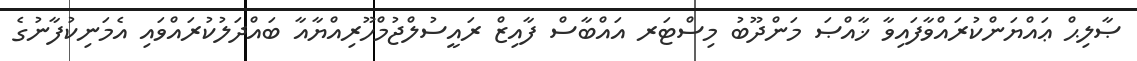
ޞާލިޙް ޢައްޔަންކުރައްވާފައިވާ ޚާއްޞަ މަންދޫބު މިސްޓަރ އައްބާސް ފާއިޒް ރައީސުލްޖުމްހޫރިއްޔާއާ ބައްދަލުކުރައްވައި އެމަނިކުފާނުގެ